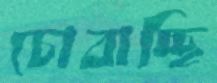
চোবাচ্ছি